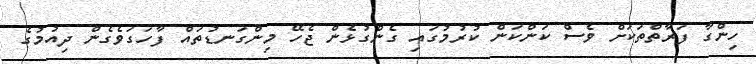
ހިންގާ ފަރާތްތަކަށް ވެސް ކަންކަން ކުރުމުގައި ގެންގުޅެން ޖެހޭ މިންގަނޑުތައް ފާހަގަވެގެން ދިއުުމުގެ